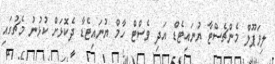
ލިވަޕޫލް މެންޗެސްޓާ ޔުނައިޓެޑް އަދި ވެސްޓް ހާމް ޔުނައިޓެޑާ ދެކޮޅަށް ކުޅުނު މެޗުގައި